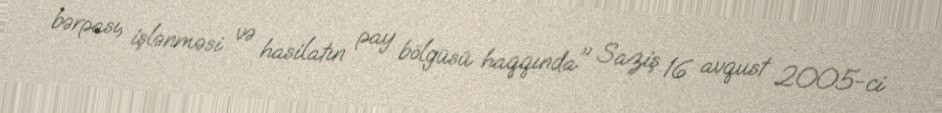
bərpası, işlənməsi və hasilatın pay bölgüsü haqqında" Saziş 16 avqust 2005-ci